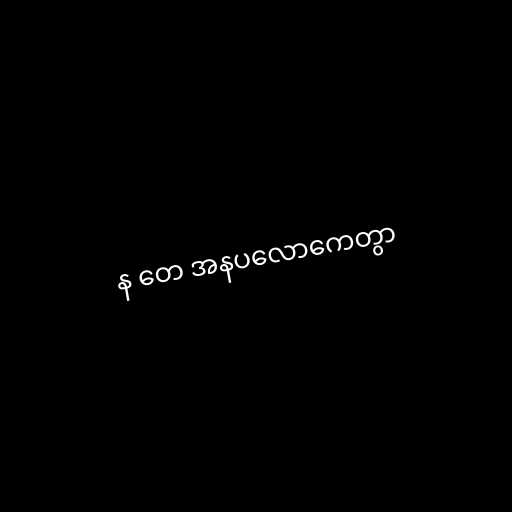
န တေ အနပလောကေတွာ